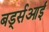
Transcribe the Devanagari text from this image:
बर्ड्सआई